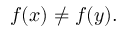
f ( x ) \neq f ( y ) .